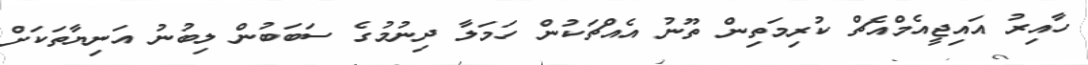
ހާއިރު އައިޖީއެމްއެޗް ކުރިމަތިން ތޫނު އެއްޗަކުން ހަމަލާ ދިނުމުގެ ސަބަބުން ލިބުނު އަނިޔާތަކަށް